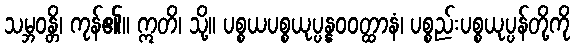
သမ္ဘဝန္တိ၊ ကုန်၏။ ဣတိ၊ သို့။ ပစ္စယပစ္စယုပ္ပန္နဝဝတ္ထာနံ၊ ပစ္စည်းပစ္စယုပ္ပန်တို့ကို